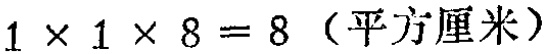
\(1\times1\times8 = 8\)（平方厘米）